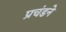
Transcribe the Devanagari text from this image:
प्रचंडने